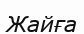
Жайға